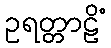
ဥရတ္တာဠိံ